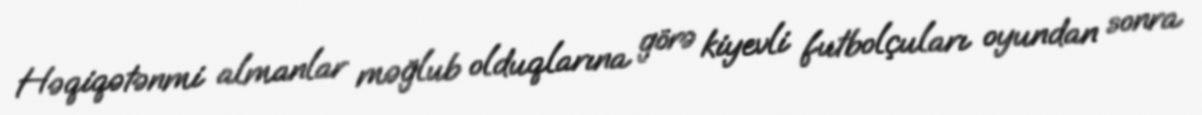
Həqiqətənmi almanlar məğlub olduqlarına görə kiyevli futbolçuları oyundan sonra